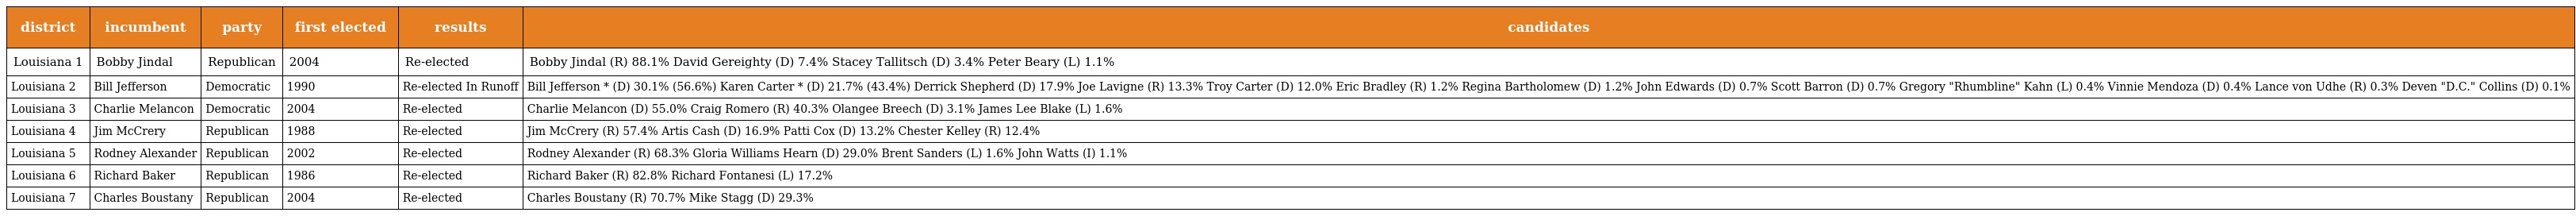
| district | incumbent | party | first elected | results | candidates |
 | --- | --- | --- | --- | --- | --- |
 | Louisiana 1 | Bobby Jindal | Republican | 2004 | Re-elected | Bobby Jindal (R) 88.1% David Gereighty (D) 7.4% Stacey Tallitsch (D) 3.4% Peter Beary (L) 1.1% |
 | Louisiana 2 | Bill Jefferson | Democratic | 1990 | Re-elected In Runoff | Bill Jefferson * (D) 30.1% (56.6%) Karen Carter * (D) 21.7% (43.4%) Derrick Shepherd (D) 17.9% Joe Lavigne (R) 13.3% Troy Carter (D) 12.0% Eric Bradley (R) 1.2% Regina Bartholomew (D) 1.2% John Edwards (D) 0.7% Scott Barron (D) 0.7% Gregory "Rhumbline" Kahn (L) 0.4% Vinnie Mendoza (D) 0.4% Lance von Udhe (R) 0.3% Deven "D.C." Collins (D) 0.1% |
 | Louisiana 3 | Charlie Melancon | Democratic | 2004 | Re-elected | Charlie Melancon (D) 55.0% Craig Romero (R) 40.3% Olangee Breech (D) 3.1% James Lee Blake (L) 1.6% |
 | Louisiana 4 | Jim McCrery | Republican | 1988 | Re-elected | Jim McCrery (R) 57.4% Artis Cash (D) 16.9% Patti Cox (D) 13.2% Chester Kelley (R) 12.4% |
 | Louisiana 5 | Rodney Alexander | Republican | 2002 | Re-elected | Rodney Alexander (R) 68.3% Gloria Williams Hearn (D) 29.0% Brent Sanders (L) 1.6% John Watts (I) 1.1% |
 | Louisiana 6 | Richard Baker | Republican | 1986 | Re-elected | Richard Baker (R) 82.8% Richard Fontanesi (L) 17.2% |
 | Louisiana 7 | Charles Boustany | Republican | 2004 | Re-elected | Charles Boustany (R) 70.7% Mike Stagg (D) 29.3% |